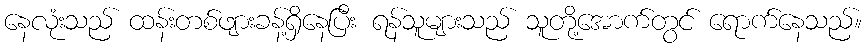
နေလုံးသည် ထန်းတစ်ဖျားခန့်ရှိနေပြီး ရန်သူများသည် သူတို့အောက်တွင် ရောက်နေသည်။